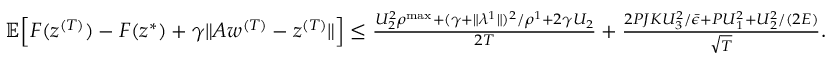
\begin{array} { r l } & { \mathbb { E } \Big [ F ( z ^ { ( T ) } ) - F ( z ^ { * } ) + \gamma \| A w ^ { ( T ) } - z ^ { ( T ) } \| \Big ] \leq \frac { U _ { 2 } ^ { 2 } \rho ^ { \mathrm { m a x } } + ( \gamma + \| \lambda ^ { 1 } \| ) ^ { 2 } / \rho ^ { 1 } + 2 \gamma U _ { 2 } } { 2 T } + \frac { 2 P J K U _ { 3 } ^ { 2 } / \bar { \epsilon } + P U _ { 1 } ^ { 2 } + U _ { 2 } ^ { 2 } / ( 2 E ) } { \sqrt { T } } . } \end{array}